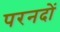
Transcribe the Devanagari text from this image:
परनदों